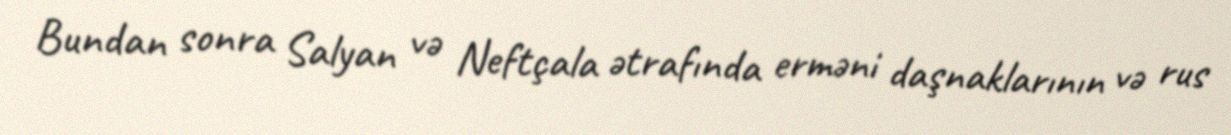
Bundan sonra Salyan və Neftçala ətrafında erməni daşnaklarının və rus